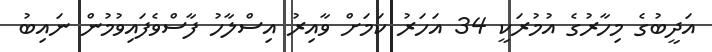
އަދީބުގެ މިހާރުގެ އުމުރަކީ 34 އަހަރު ކަމަށް ވާއިރު އިސްލާހު ފާސްވެފައިވުމުން ނައިބު